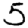
Digit: 5